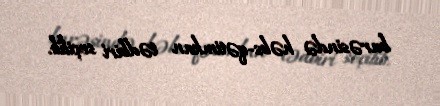
barəsində həbs-qətimkan tədbiri seçilib.